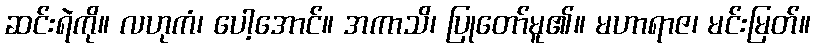
ဆင်းရဲကို။ လဟုကံ၊ ပေါ့အောင်။ အကာသိ၊ ပြုတော်မူ၏။ မဟာရာဇ၊ မင်းမြတ်။